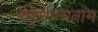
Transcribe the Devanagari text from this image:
बहुधान्यनाम